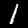
Digit: 1